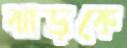
ঝাড়কে